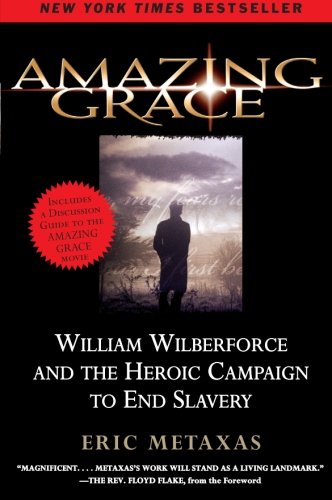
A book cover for Amazing Grace: William Wilberforce and the Heroic Campaign to End Slavery; Eric Metaxas; Biographies & Memoirs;